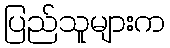
ပြည်သူများက